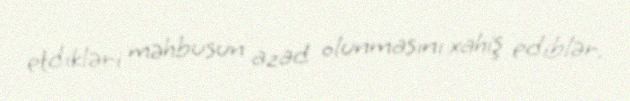
etdikləri məhbusun azad olunmasını xahiş ediblər.